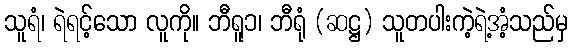
သူရံ၊ ရဲရင့်သော လူကို။ ဘီရူ၁၊ ဘီရုံ (ဆဋ္ဌ) သူတပါးကဲ့ရဲ့အံ့သည်မှ